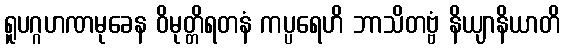
ရူပဂ္ဂဟဏမုခေန ဝိမုတ္တိရတနံ ကပ္ပရေဟိ ဘာသိတဗ္ဗံ နိယျာနိယာတိ